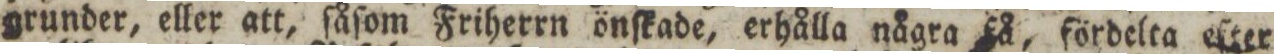
grunder, eller att, ſåſom Friherrn önſkade, erhålla några få, fördelta eſter